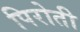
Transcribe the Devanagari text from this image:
पिरोती